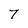
Character: 7